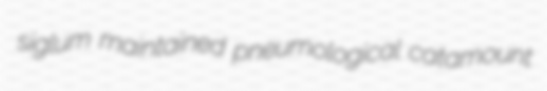
siglum maintained pneumological catamount